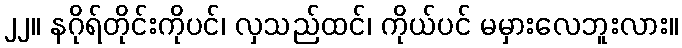
၂၂။ နဂိုရ်တိုင်းကိုပင်၊ လှသည်ထင်၊ ကိုယ်ပင် မမှားလေဘူးလား။